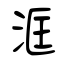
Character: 洭